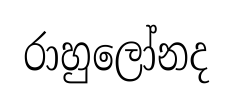
රාහුලෝනද